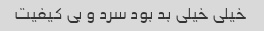
خیلی خیلی بد بود سرد و بی کیفیت